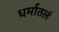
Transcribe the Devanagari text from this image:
धर्मातलं